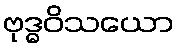
ဗုဒ္ဓဝိသယော